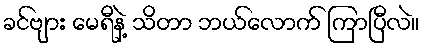
ခင်ဗျား မေရီနဲ့ သိတာ ဘယ်လောက် ကြာပြီလဲ။